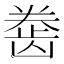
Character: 𱌲